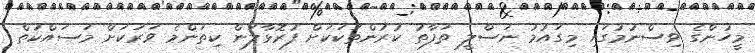
މީހުންގެ ވިސްނުމުގައި މިގައުމު ނަސްލީ ތަފާތު ކުރުންތަކަކަށް ފުރޮޅާލަން ކިތަންމެ ވަރަކަށް މަސައްކަތް